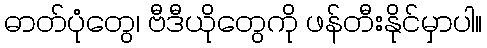
ဓာတ်ပုံတွေ၊ ဗီဒီယိုတွေကို ဖန်တီးနိုင်မှာပါ။